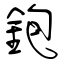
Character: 鉋